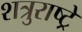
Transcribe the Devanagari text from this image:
शत्रुराष्ट्रे